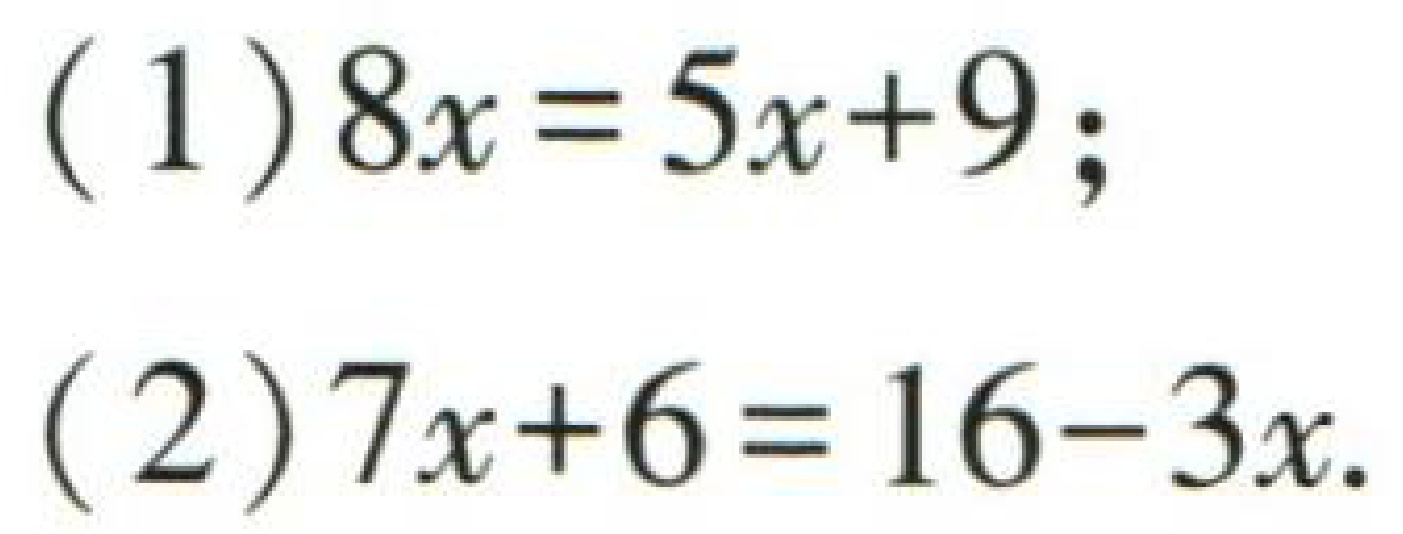
(1) \(8x = 5x + 9\);

(2) \(7x + 6 = 16 - 3x\).